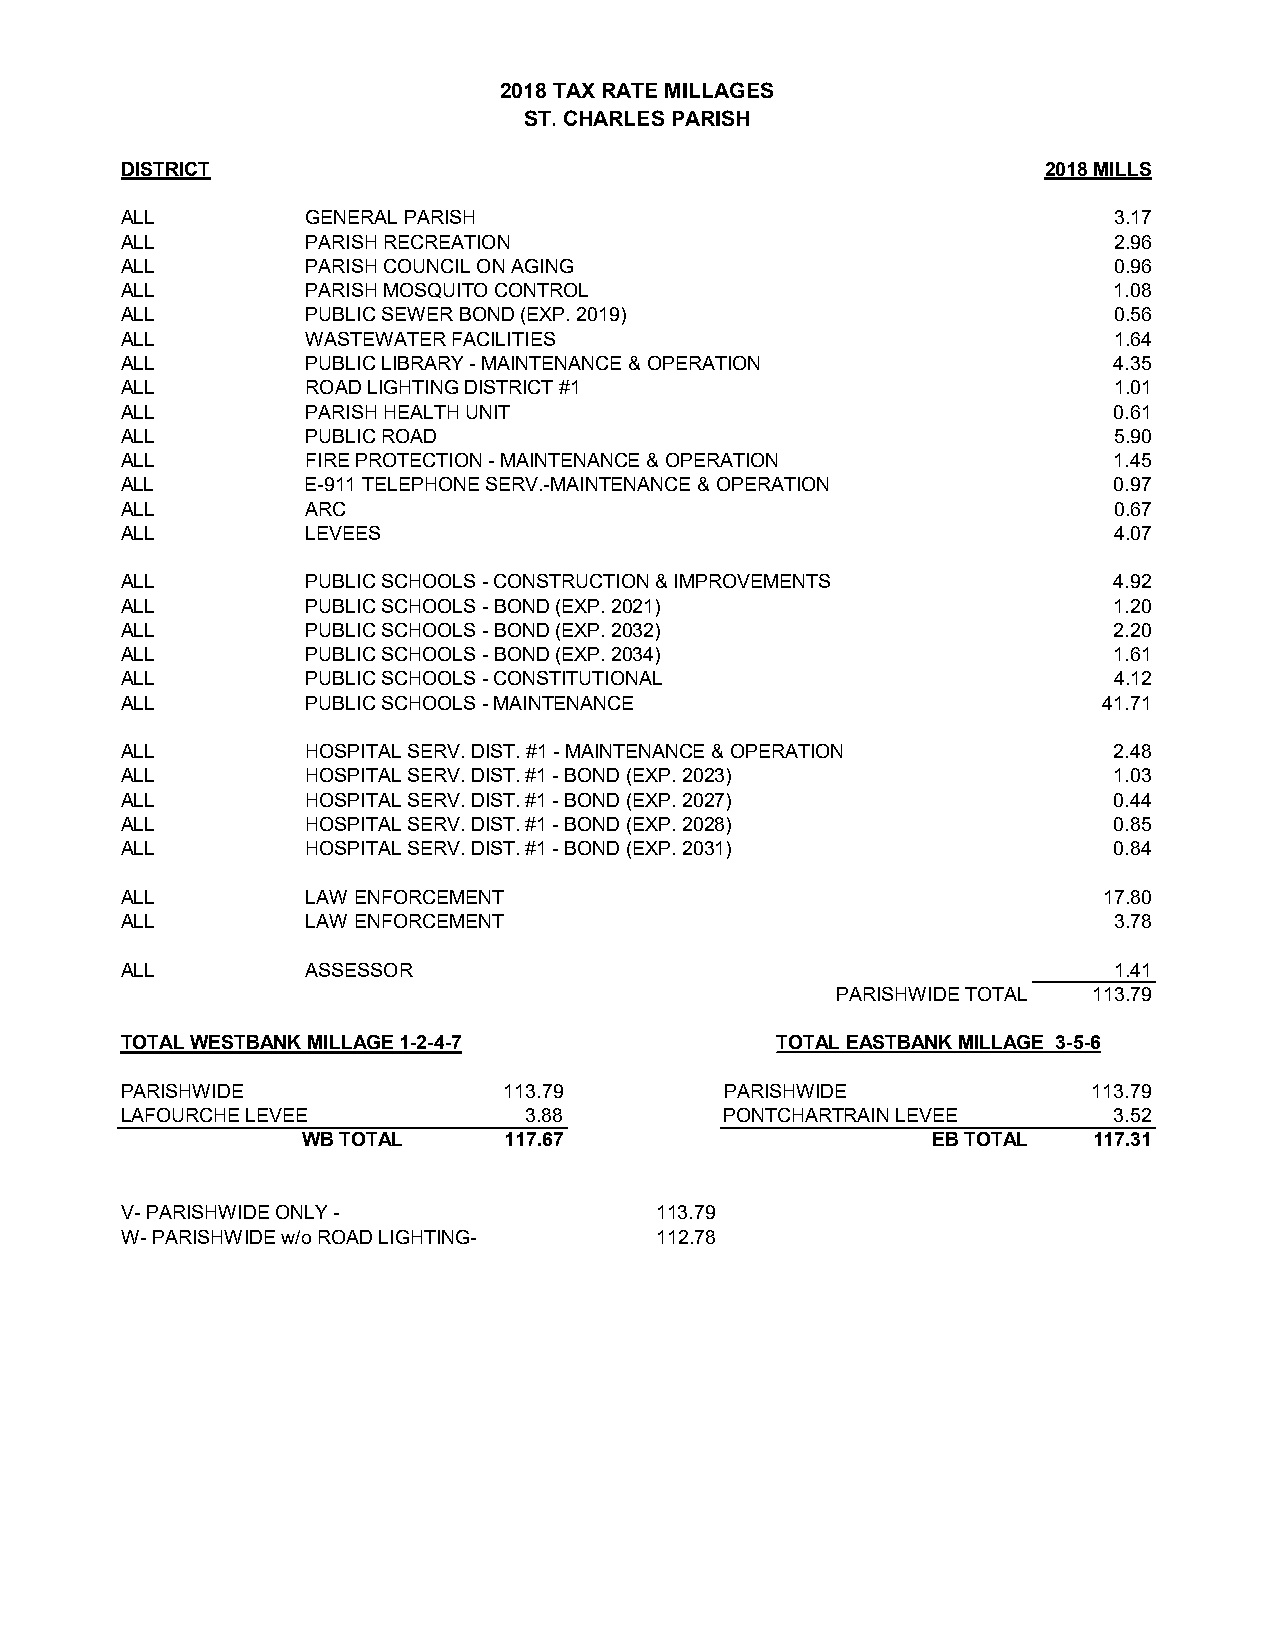
2018 TAX RATE MILLAGES
 ST. CHARLES PARISH
 DISTRICT                                                     2018 MILLS
 ALL         GENERAL PARISH                                        3.17
 ALL         PARISH RECREATION                                     2.96
 ALL         PARISH COUNCIL ON AGING                               0.96
 ALL         PARISH MOSQUITO CONTROL                               1.08
 ALL         PUBLIC SEWER BOND (EXP. 2019)                         0.56
 ALL         WASTEWATER FACILITIES                                 1.64
 ALL         PUBLIC LIBRARY - MAINTENANCE & OPERATION              4.35
 ALL         ROAD LIGHTING DISTRICT #1                             1.01
 ALL         PARISH HEALTH UNIT                                    0.61
 ALL         PUBLIC ROAD                                           5.90
 ALL         FIRE PROTECTION - MAINTENANCE & OPERATION             1.45
 ALL         E-911 TELEPHONE SERV.-MAINTENANCE & OPERATION         0.97
 ALL         ARC                                                   0.67
 ALL         LEVEES                                                4.07
 ALL         PUBLIC SCHOOLS - CONSTRUCTION & IMPROVEMENTS          4.92
 ALL         PUBLIC SCHOOLS - BOND (EXP. 2021)                     1.20
 ALL         PUBLIC SCHOOLS - BOND (EXP. 2032)                     2.20
 ALL         PUBLIC SCHOOLS - BOND (EXP. 2034)                     1.61
 ALL         PUBLIC SCHOOLS - CONSTITUTIONAL                       4.12
 ALL         PUBLIC SCHOOLS - MAINTENANCE                         41.71
 ALL         HOSPITAL SERV. DIST. #1 - MAINTENANCE & OPERATION     2.48
 ALL         HOSPITAL SERV. DIST. #1 - BOND (EXP. 2023)            1.03
 ALL         HOSPITAL SERV. DIST. #1 - BOND (EXP. 2027)            0.44
 ALL         HOSPITAL SERV. DIST. #1 - BOND (EXP. 2028)            0.85
 ALL         HOSPITAL SERV. DIST. #1 - BOND (EXP. 2031)            0.84
 ALL         LAW ENFORCEMENT                                      17.80
 ALL         LAW ENFORCEMENT                                       3.78
 ALL         ASSESSOR                                              1.41
 PARISHWIDE TOTAL 113.79
 TOTAL WESTBANK MILLAGE 1-2-4-7             TOTAL EASTBANK MILLAGE 3-5-6
 PARISHWIDE               113.79         PARISHWIDE              113.79
 LAFOURCHE LEVEE            3.88         PONTCHARTRAIN LEVEE       3.52
 WB TOTAL     117.67                       EB TOTAL  117.31
 V- PARISHWIDE ONLY -               113.79
 W- PARISHWIDE w/o ROAD LIGHTING-   112.78